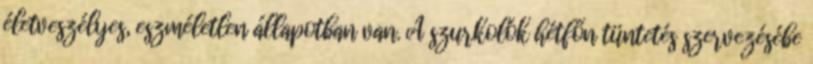
életveszélyes, eszméletlen állapotban van. A szurkolók hétfőn tüntetés szervezésébe